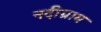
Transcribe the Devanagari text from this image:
नदीग्राम